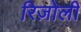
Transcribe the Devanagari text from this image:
रिज़ोली